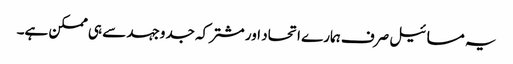
یہ مسائیل صرف ہمارے اتحاد اور مشترکہ جدوجہد سے ہی ممکن ہے۔